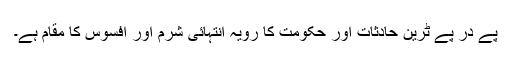
پے در پے ٹرین حادثات اور حکومت کا رویہ انتہائی شرم اور افسوس کا مقام ہے۔